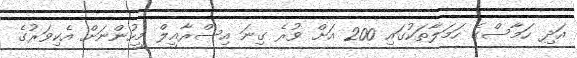
އަދި ހަމާސްގެ ހަމަލާތަކުގައި 200 އަށް ވުރެ ގިނަ އިސްރާއީލް މީހުންނަށް އެކިވަރުގެ